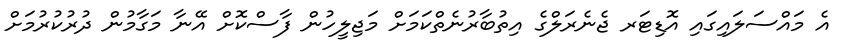
އެ މައްސަލައިގައި އޮޑިޓަރ ޖެނެރަލްގެ އިތުބާރުނެތްކަމަށް މަޖިލީހުން ފާސްކޮށް އޭނާ މަގާމުން ދުރުކުރުމަށް